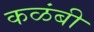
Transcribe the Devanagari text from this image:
कळंबी